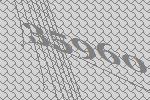
35960